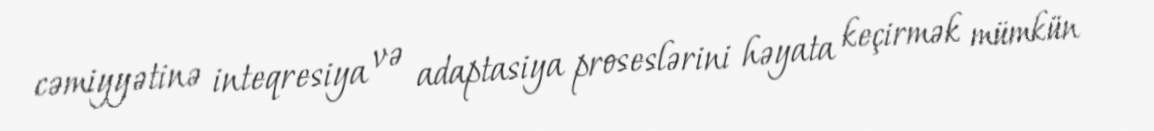
cəmiyyətinə inteqresiya və adaptasiya proseslərini həyata keçirmək mümkün